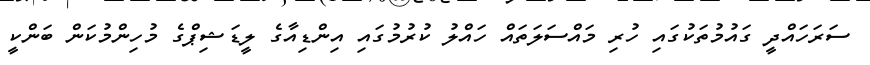
ސަރަހައްދީ ގައުމުތަކުގައި ހުރި މައްސަލަަތައް ހައްލު ކުރުމުގައި އިންޑިއާގެ ލީޑަޝިޕްގެ މުހިންމުކަން ބަންކީ